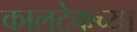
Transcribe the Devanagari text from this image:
कालटेकच्या